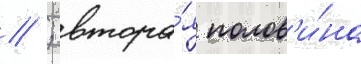
// ; втора́я полов'и́на